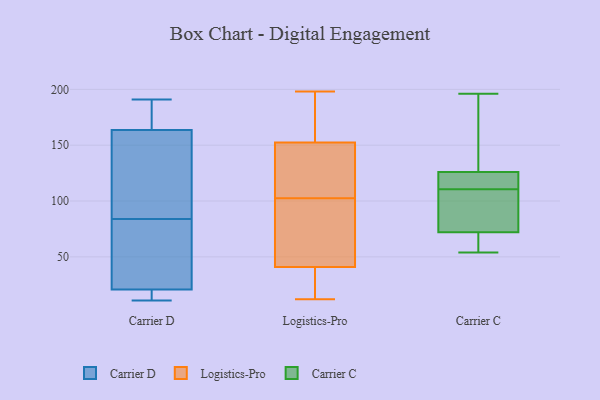
{"axis": {"x": "Inventory Turnover", "y": "Value"}, "legend": ["Carrier C", "Carrier D", "Logistics-Pro"], "data": [{"x": "", "y": 129, "type": "Carrier D"}, {"x": "", "y": 19, "type": "Carrier D"}, {"x": "", "y": 175, "type": "Carrier D"}, {"x": "", "y": 26, "type": "Carrier D"}, {"x": "", "y": 11, "type": "Carrier D"}, {"x": "", "y": 175, "type": "Carrier D"}, {"x": "", "y": 89, "type": "Carrier D"}, {"x": "", "y": 191, "type": "Carrier D"}, {"x": "", "y": 13, "type": "Carrier D"}, {"x": "", "y": 72, "type": "Carrier D"}, {"x": "", "y": 84, "type": "Carrier D"}, {"x": "", "y": 38, "type": "Logistics-Pro"}, {"x": "", "y": 196, "type": "Logistics-Pro"}, {"x": "", "y": 157, "type": "Logistics-Pro"}, {"x": "", "y": 42, "type": "Logistics-Pro"}, {"x": "", "y": 169, "type": "Logistics-Pro"}, {"x": "", "y": 140, "type": "Logistics-Pro"}, {"x": "", "y": 97, "type": "Logistics-Pro"}, {"x": "", "y": 19, "type": "Logistics-Pro"}, {"x": "", "y": 147, "type": "Logistics-Pro"}, {"x": "", "y": 40, "type": "Logistics-Pro"}, {"x": "", "y": 12, "type": "Logistics-Pro"}, {"x": "", "y": 17, "type": "Logistics-Pro"}, {"x": "", "y": 148, "type": "Logistics-Pro"}, {"x": "", "y": 51, "type": "Logistics-Pro"}, {"x": "", "y": 72, "type": "Logistics-Pro"}, {"x": "", "y": 165, "type": "Logistics-Pro"}, {"x": "", "y": 128, "type": "Logistics-Pro"}, {"x": "", "y": 108, "type": "Logistics-Pro"}, {"x": "", "y": 96, "type": "Logistics-Pro"}, {"x": "", "y": 198, "type": "Logistics-Pro"}, {"x": "", "y": 66, "type": "Carrier C"}, {"x": "", "y": 115, "type": "Carrier C"}, {"x": "", "y": 108, "type": "Carrier C"}, {"x": "", "y": 70, "type": "Carrier C"}, {"x": "", "y": 113, "type": "Carrier C"}, {"x": "", "y": 196, "type": "Carrier C"}, {"x": "", "y": 54, "type": "Carrier C"}, {"x": "", "y": 102, "type": "Carrier C"}, {"x": "", "y": 74, "type": "Carrier C"}, {"x": "", "y": 122, "type": "Carrier C"}, {"x": "", "y": 149, "type": "Carrier C"}, {"x": "", "y": 138, "type": "Carrier C"}, {"x": "", "y": 122, "type": "Carrier C"}, {"x": "", "y": 57, "type": "Carrier C"}, {"x": "", "y": 84, "type": "Carrier C"}, {"x": "", "y": 130, "type": "Carrier C"}]}